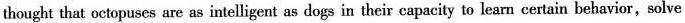
thought that octopuses are as intelligent as dogs in their capacity to learn certain behavior,solve